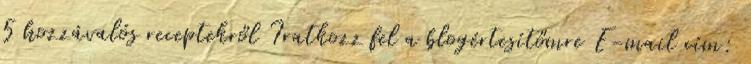
5 hozzávalós receptekről Iratkozz fel a blogértesítőmre E-mail cím: